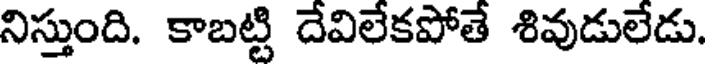
నిస్తుంది. కాబట్టి దేవిలేకపోతే శివుడులేడు.